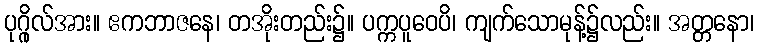
ပုဂ္ဂိုလ်အား။ ဧကဘာဇနေ၊ တအိုးတည်း၌။ ပက္ကပူဝေပိ၊ ကျက်သောမုန့်၌လည်း။ အတ္တနော၊